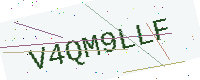
Text: V4QM9LLF